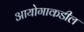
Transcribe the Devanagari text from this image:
आयोगाकडील